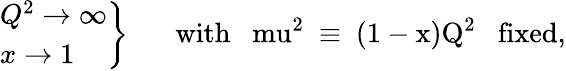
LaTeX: \left.\begin{array}{l}{{Q^{2}\rightarrow\infty}}\\ {{x\rightarrow 1}}\end{array}\right\} \; \; \; \; \; \; \mathrm{with~\; \ mu^{2}~\equiv~(1-x)Q^{2}~\; ~fixed,}